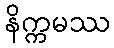
နိက္ကမဿ